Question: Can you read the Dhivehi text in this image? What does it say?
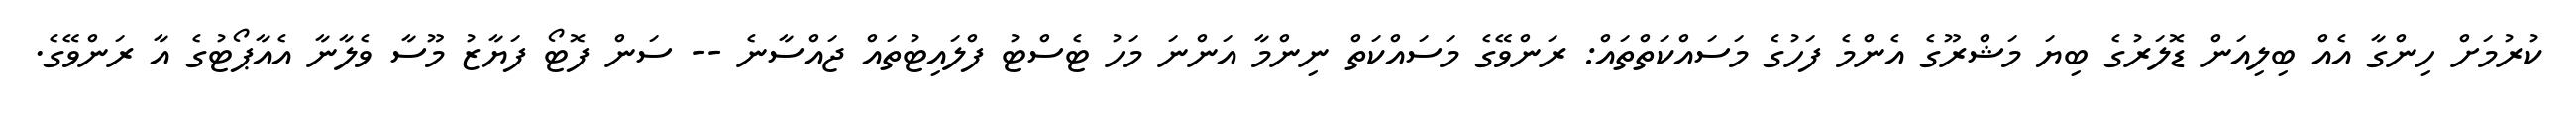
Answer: ކުރުމަށް ހިންގާ އެއް ބިލިއަން ޑޮލަރުގެ ބިޔަ މަޝްރޫގެ އެންމެ ފަހުގެ މަސައްކަތްތައް: ރަންވޭގެ މަސައްކަތް ނިންމާ އަންނަ މަހު ޓެސްޓު ފްލައިޓުތައް ޖައްސާނެ -- ސަން ފޮޓޯ ފަޔާޒު މޫސާ ވެލާނާ އެއާޕޯޓުގެ އާ ރަންވޭގެ.